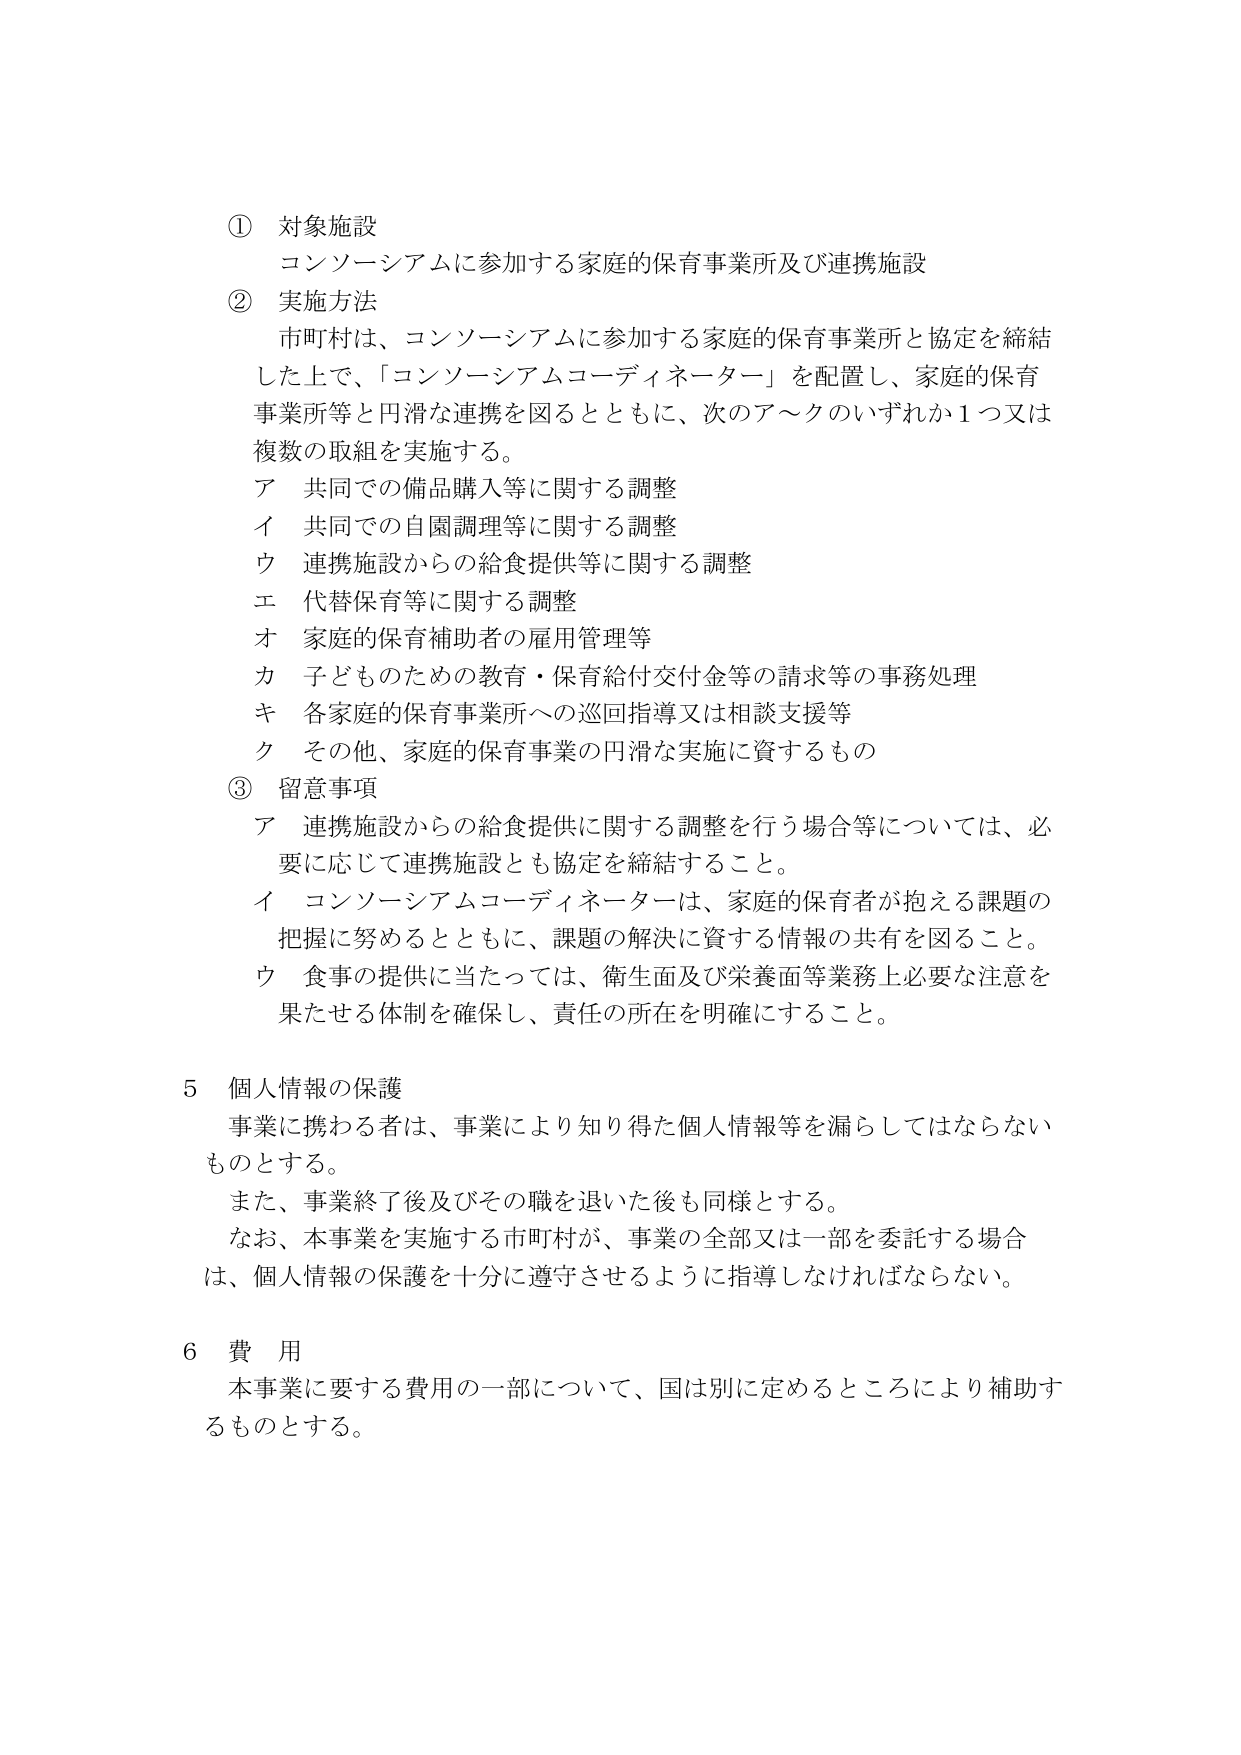
① 対象施設
コンソーシアムに参加する家庭的保育事業所及び連携施設

② 実施方法
市町村は、コンソーシアムに参加する家庭的保育事業所と協定を締結
した上で、「コンソーシアムコーディネーター」を配置し、家庭的保育
事業所等と円滑な連携を図るとともに、次のア～クのいずれか1つ又は
複数の取組を実施する。
ア 共同での備品購入等に関する調整
イ 共同での自園調理等に関する調整
ウ 連携施設からの給食提供等に関する調整
エ 代替保育等に関する調整
オ 家庭的保育補助者の雇用管理等
カ 子どものための教育・保育給付交付金等の請求等の事務処理
キ 各家庭的保育事業所への巡回指導又は相談支援等
ク その他、家庭的保育事業の円滑な実施に資するもの

③ 留意事項
ア 連携施設からの給食提供に関する調整を行う場合等については、必
要に応じて連携施設とも協定を締結すること。
イ コンソーシアムコーディネーターは、家庭的保育者が抱える課題の
把握に努めるとともに、課題の解決に資する情報の共有を図ること。
ウ 食事の提供に当たっては、衛生面及び栄養面等業務上必要な注意を
果たせる体制を確保し、責任の所在を明確にすること。

5 個人情報の保護
事業に携わる者は、事業により知り得た個人情報等を漏らしてはならない
ものとする。
また、事業終了後及びその職を退いた後も同様とする。
なお、本事業を実施する市町村が、事業の全部又は一部を委託する場合
は、個人情報の保護を十分に遵守させるように指導しなければならない。

6 費 用
本事業に要する費用の一部について、国は別に定めるところにより補助す
るものとする。